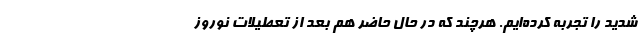
شدید را تجربه کرده‌ایم. هرچند که در حال حاضر هم بعد از تعطیلات نوروز